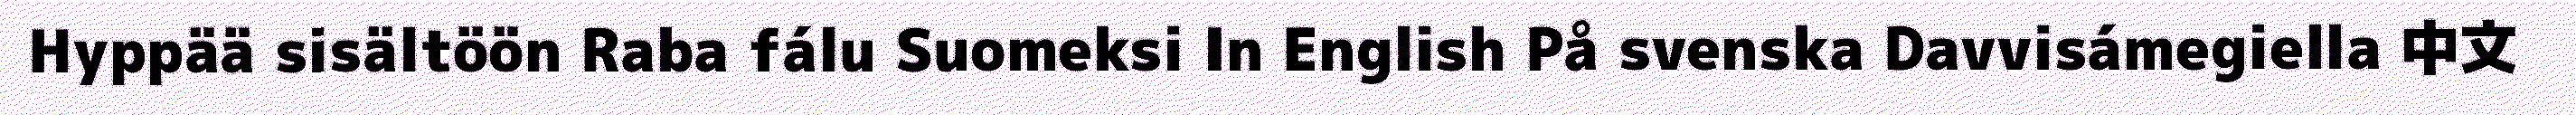
Hyppää sisältöön Raba fálu Suomeksi In English På svenska Davvisámegiella 中文